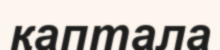
қаптала